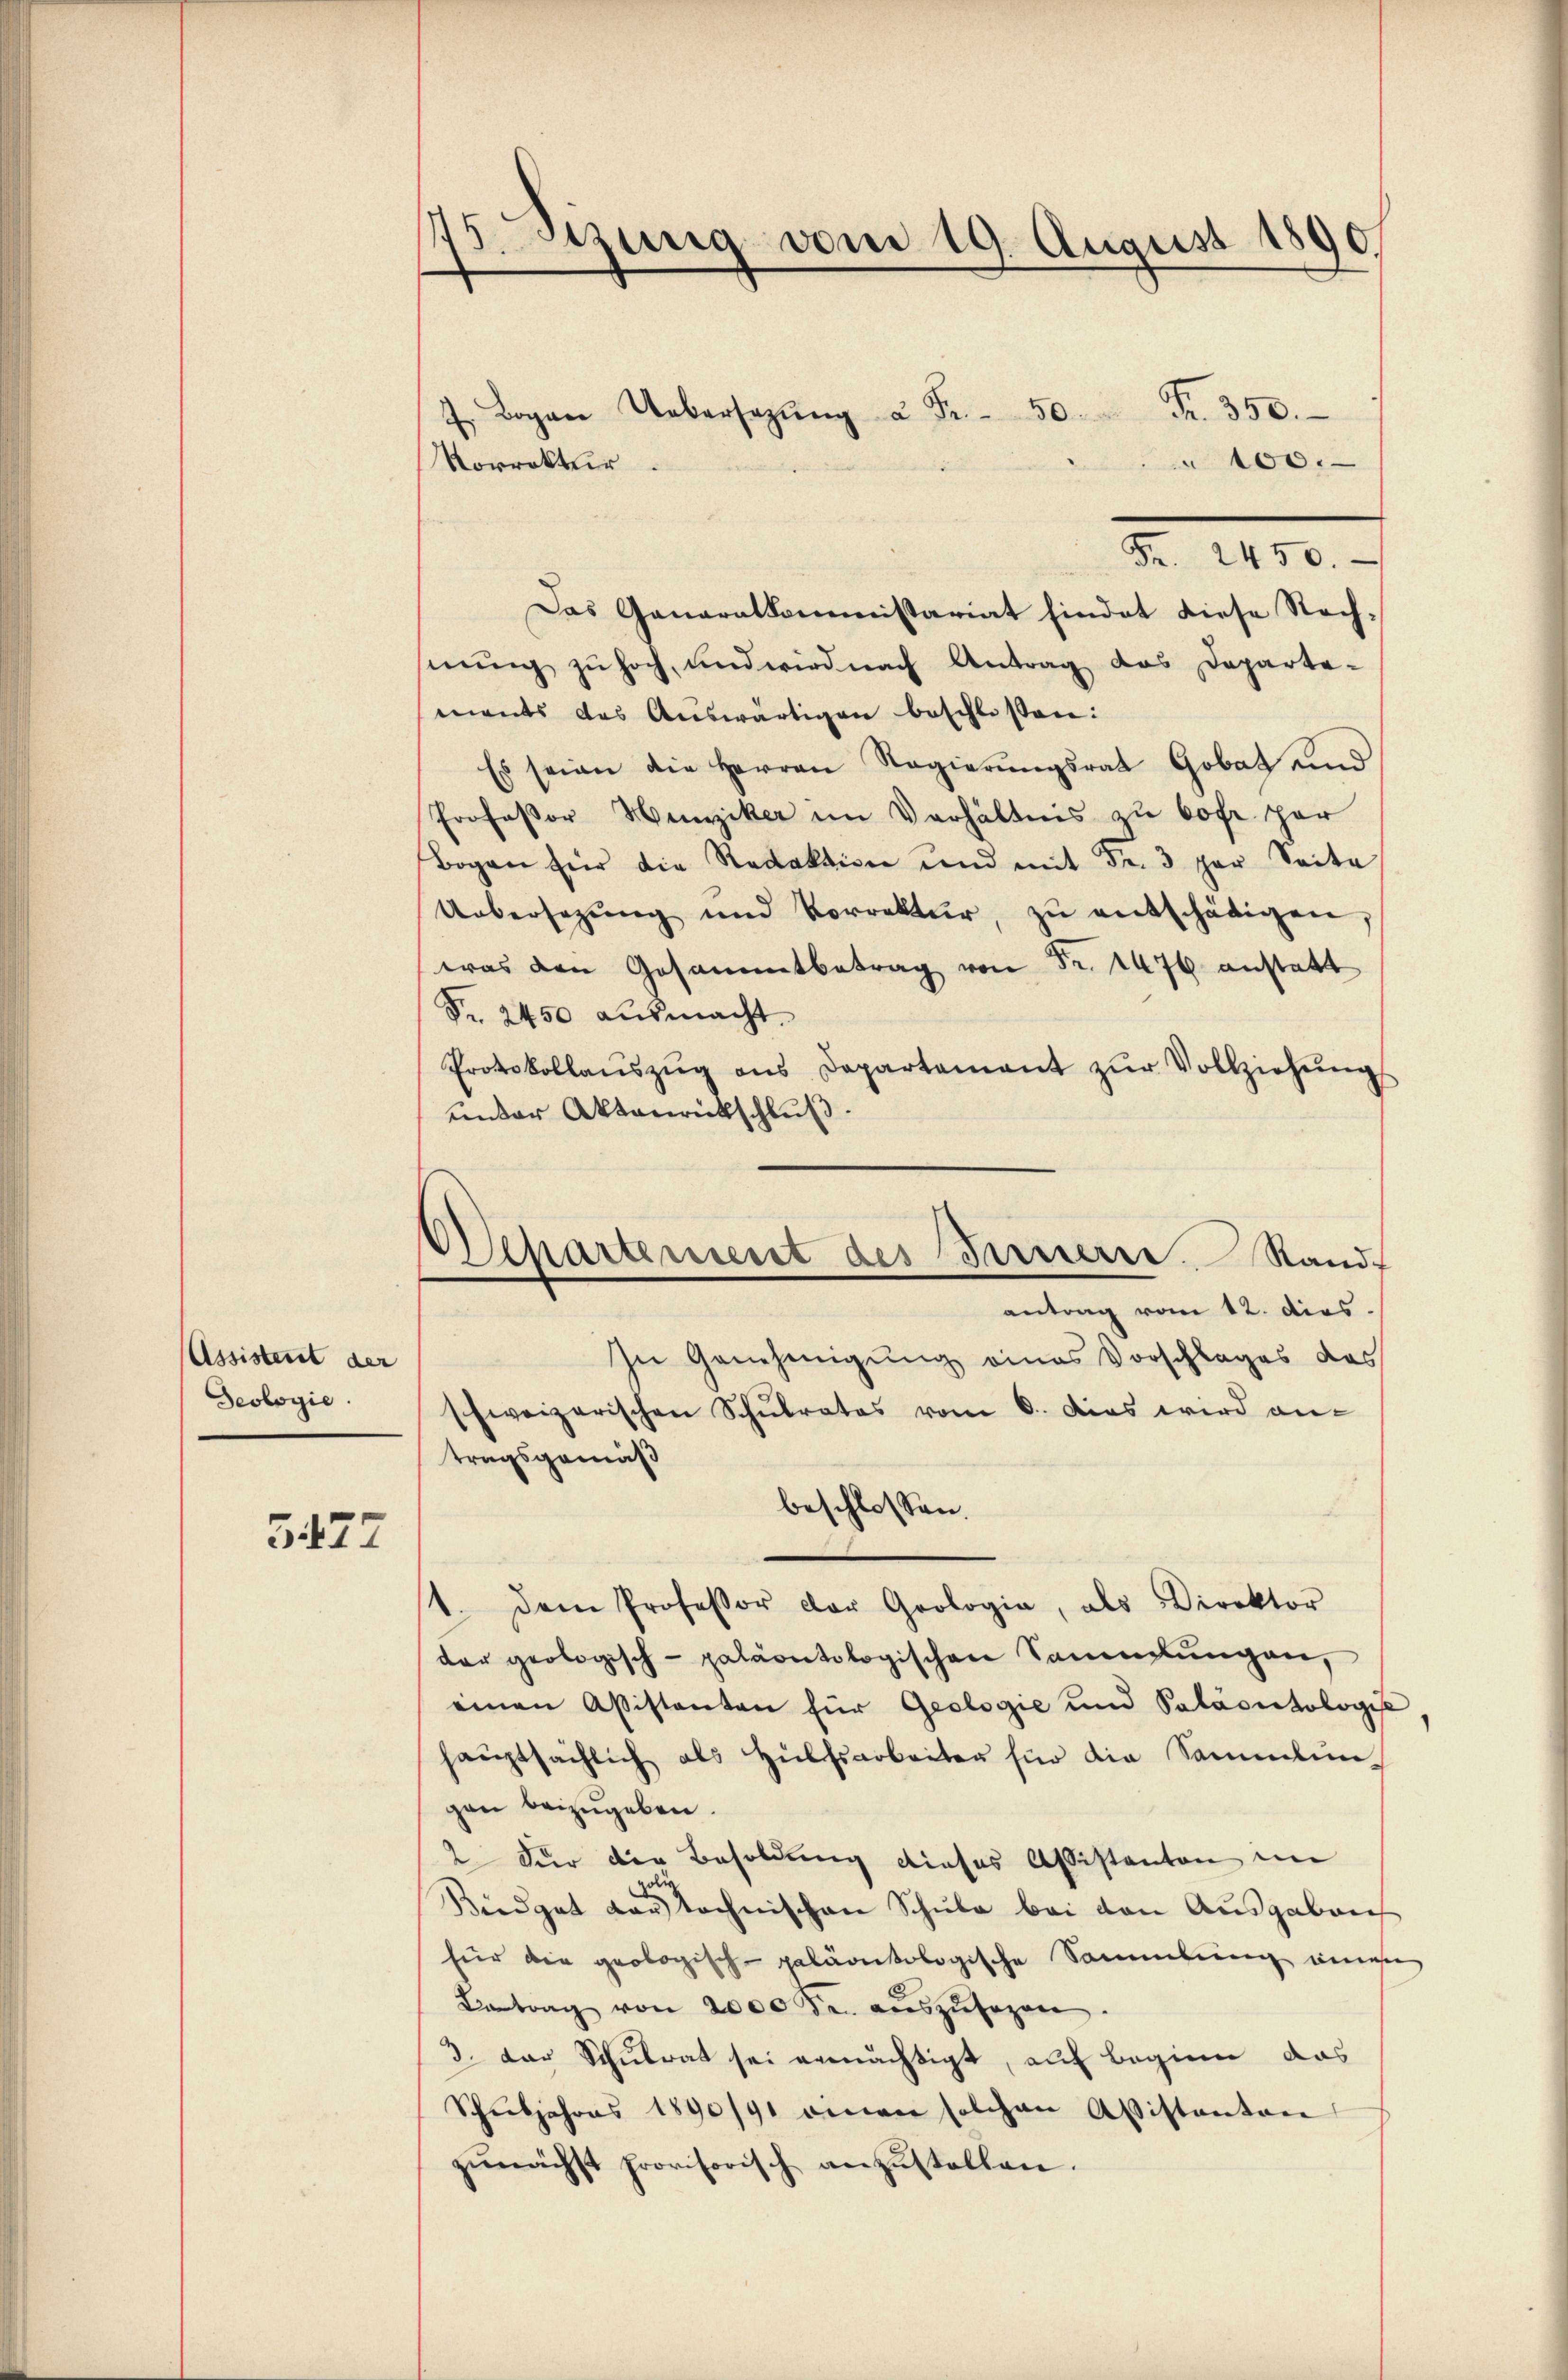
Assistent der
Deologie.

5477

175. Sitzung vom 19. August 1890

J. Bogen Uebersazŭng u Fr. 50 Fr. 350.
Vorrektur.

100.
Fr. 2450.
Das Ganaralkommissariat hindet diese Rechnung zu hoch, und wird nach Antrag das Departements das Aŭswärtigen beschlossen:
Es seien die Herren Regierŭngsrat Gobat und
Professor Hunziker im Verhältnis zu bofr. per
Bogen für die Redaktion und mit Fr. 3 par Seite
Uebersetzŭng und Vorrektŭr zŭ entschädigen,
was den Gesammtbetrag von Fr. 1476 anstatt
Fr. 2450 ausmacht.
Protokollaŭszŭg ans Departement zŭr Vollziehŭngs
under Aktenrückschluß.
In Genehmigung eines Vorschlages des
schweizerischen Schŭlrates vom 6. Das wird an-
tragsgemäß
beschlossen:
1. Dem Professor der Grologia, als Direktor
der geologisch-paläontologischen Sammlungen,
einen Assistanten für Geologie und Paläontologie
haŭptsächlich als Hülfsarbeiten für die Sammlungen beizugeben.
2 Für die Besoldung dieses Assistanton im
Budget dar technischen Schule bei den Ausgaben
für die geologisch-paläontologische Sammlung inner
Betrag von 2000 Fr. auszusagen
3. Der Schulrat sei ermächtigt, auf beginne das
Schŭljahres 1890/91 einen solchen Abistanton
zŭnächst provisorisch anzŭstellen.

Separtement des Fernerre. Rand
antrag vom 12. dies